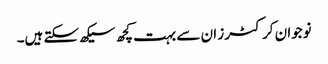
نوجوان کرکٹرز ان سے بہت کچھ سیکھ سکتے ہیں۔